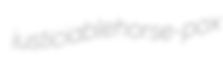
justiciable horse-pox